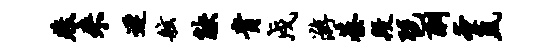
燕来迟舷觖贵戍游綦段琶酬奄氲